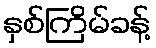
နှစ်ကြိမ်ခန့်